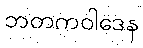
ဘတကဝါဒေန